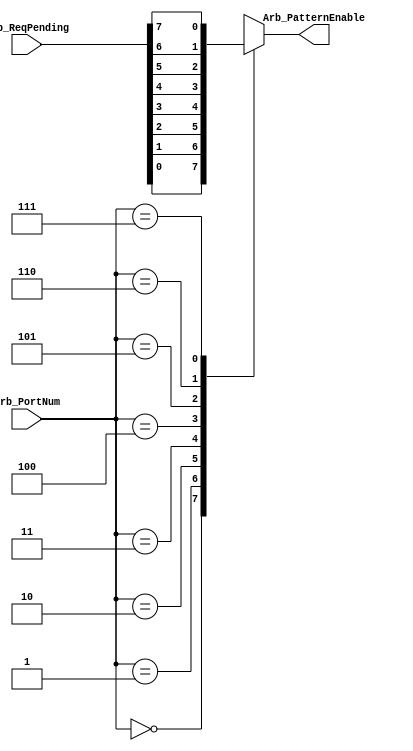
//-----------------------------------------------------------------------------
//-- (c) Copyright 2006 - 2009 Xilinx, Inc. All rights reserved.
//--
//-- This file contains confidential and proprietary information
//-- of Xilinx, Inc. and is protected under U.S. and
//-- international copyright and other intellectual property
//-- laws.
//--
//-- DISCLAIMER
//-- This disclaimer is not a license and does not grant any
//-- rights to the materials distributed herewith. Except as
//-- otherwise provided in a valid license issued to you by
//-- Xilinx, and to the maximum extent permitted by applicable
//-- law: (1) THESE MATERIALS ARE MADE AVAILABLE "AS IS" AND
//-- WITH ALL FAULTS, AND XILINX HEREBY DISCLAIMS ALL WARRANTIES
//-- AND CONDITIONS, EXPRESS, IMPLIED, OR STATUTORY, INCLUDING
//-- BUT NOT LIMITED TO WARRANTIES OF MERCHANTABILITY, NON-
//-- INFRINGEMENT, OR FITNESS FOR ANY PARTICULAR PURPOSE; and
//-- (2) Xilinx shall not be liable (whether in contract or tort,
//-- including negligence, or under any other theory of
//-- liability) for any loss or damage of any kind or nature
//-- related to, arising under or in connection with these
//-- materials, including for any direct, or any indirect,
//-- special, incidental, or consequential loss or damage
//-- (including loss of data, profits, goodwill, or any type of
//-- loss or damage suffered as a result of any action brought
//-- by a third party) even if such damage or loss was
//-- reasonably foreseeable or Xilinx had been advised of the
//-- possibility of the same.
//--
//-- CRITICAL APPLICATIONS
//-- Xilinx products are not designed or intended to be fail-
//-- safe, or for use in any application requiring fail-safe
//-- performance, such as life-support or safety devices or
//-- systems, Class III medical devices, nuclear facilities,
//-- applications related to the deployment of airbags, or any
//-- other applications that could lead to death, personal
//-- injury, or severe property or environmental damage
//-- (individually and collectively, "Critical
//-- Applications"). Customer assumes the sole risk and
//-- liability of any use of Xilinx products in Critical
//-- Applications, subject only to applicable laws and
//-- regulations governing limitations on product liability.
//--
//-- THIS COPYRIGHT NOTICE AND DISCLAIMER MUST BE RETAINED AS
//-- PART OF THIS FILE AT ALL TIMES.
//-----------------------------------------------------------------------------
//
// Description: Logic to specify which arbitration priority levels have a 
// request pending.
//   
//--------------------------------------------------------------------------
//
// Structure:
//   mpmc_ctrl_path
//     ctrl_path
//     arbiter
//       arb_acknowledge
//       arb_bram_addr
//       arb_pattern_start
//         arb_req_pending_muxes
//         high_priority_select
//       arb_which_port
//         arb_req_pending_muxes
//         high_priority_select
//       arb_pattern_type
//         arb_pattern_type_muxes
//         arb_pattern_type_fifo
//         high_priority_select
//           mpmc_ctrl_path_fifo (currently used, better for output timing)
//           fifo_4 (not used, better for area)
//             fifo_32_rdcntr
//
//--------------------------------------------------------------------------
// History:
//
//--------------------------------------------------------------------------

`timescale 1ns/1ns
module arb_req_pending_muxes
  (
   Arb_ReqPending,      // I [C_NUM_PORTS-1:0]
   Arb_PortNum,         // I [C_ARB_PORT_ENCODING_WIDTH-1:0]
   Arb_PatternEnable    // O 
   );
   
   parameter C_NUM_PORTS = 8;               // Allowed Values: 1-8
   parameter C_ARB_PORT_ENCODING_WIDTH = 3; // Allowed Values: 1-3

   input [C_NUM_PORTS-1:0]                          Arb_ReqPending;
   input [C_ARB_PORT_ENCODING_WIDTH-1:0]            Arb_PortNum;
   output                                           Arb_PatternEnable;

   reg                                              Arb_PatternEnable = 0;

   wire [2:0]                                       arb_portnum_i;

   wire [7:0]                                       arb_reqpending_i;
   
   
   // Instantiate Enable Mux
   assign arb_portnum_i = Arb_PortNum;

   assign arb_reqpending_i = Arb_ReqPending;
   
   always @(arb_portnum_i or arb_reqpending_i)
     case (arb_portnum_i)
       0: Arb_PatternEnable <= arb_reqpending_i[0];
       1: Arb_PatternEnable <= arb_reqpending_i[1];
       2: Arb_PatternEnable <= arb_reqpending_i[2];
       3: Arb_PatternEnable <= arb_reqpending_i[3];
       4: Arb_PatternEnable <= arb_reqpending_i[4];
       5: Arb_PatternEnable <= arb_reqpending_i[5];
       6: Arb_PatternEnable <= arb_reqpending_i[6];
       7: Arb_PatternEnable <= arb_reqpending_i[7];
     endcase // case(arb_portnum_i)

endmodule // arb_req_pending_muxes